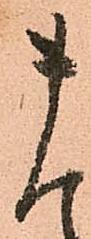
ま